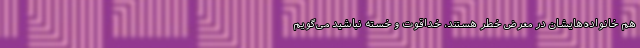
هم ‌خانواده‌هایشان در معرض خطر هستند، خداقوت و خسته نباشید می‌گویم